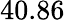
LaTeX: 40.86